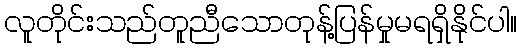
လူတိုင်းသည်တူညီသောတုန့်ပြန်မှုမရရှိနိုင်ပါ။